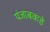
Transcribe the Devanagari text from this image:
पंजाबकडे